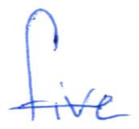
Text: five
Cross-out: single-line
Writing tool: ballpoint